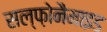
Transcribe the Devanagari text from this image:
सल्फ़ोनैमाइड